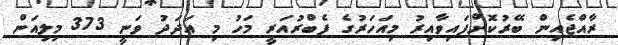
ރާއްޖެއިން ބޭރުކޮށްފައިވާއިރު މިއަހަރުގެ ފެބްރުއަރީ މަހު މި އަދަދު ވަނީ 373 މިލިއަން